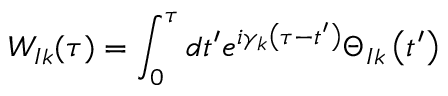
W _ { I k } ( \tau ) = \int _ { 0 } ^ { \tau } d t ^ { \prime } e ^ { i { { \gamma } _ { k } } \left( \tau - t ^ { \prime } \right) } { { \Theta } _ { I k } } \left( t ^ { \prime } \right)